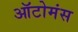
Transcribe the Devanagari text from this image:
ऑटोमंस